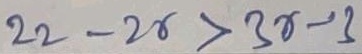
\(22 - 2x>3x - 2\)